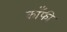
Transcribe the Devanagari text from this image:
काँफी